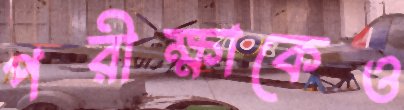
পরীক্ষাকেও